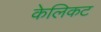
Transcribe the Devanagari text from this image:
केलिकट